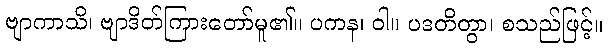
ဗျာကာသိ၊ ဗျာဒိတ်ကြားတော်မူ၏။ ပကန၊ ဝါ။ ပဒတိတွာ၊ စသည်ဖြင့်။